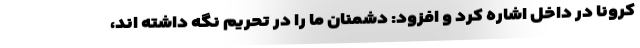
کرونا در داخل اشاره کرد و افزود: دشمنان ما را در تحریم نگه داشته اند،